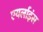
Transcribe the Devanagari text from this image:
एयर्लाइंस